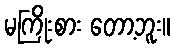
မကြိုးစား တော့ဘူး။